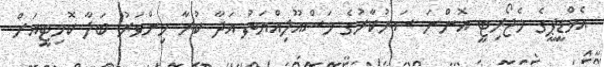
އެމްޑީޕީގެ މެޖޯރިޓީ އޮންނަ ސަރުކާރުގެ މަސްއޫލިއްޔަތު އަދާ ކުރާ މިންވަރު ބަލާ ކޮމިޓީއަށް